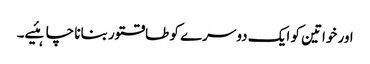
اور خواتین کو ایک دوسرے کو طاقتور بنانا چاہئیے۔